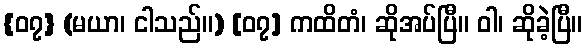
{၀၇} (မယာ၊ ငါသည်။) [၀၇] ကထိတံ၊ ဆိုအပ်ပြီ။ ဝါ၊ ဆိုခဲ့ပြီ။